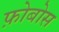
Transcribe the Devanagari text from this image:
फ़ोबोस